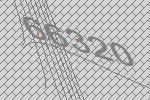
66320